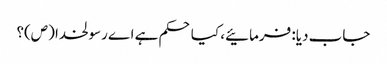
جاب دیا: فرمائیے، کیا حکم ہے اے رسولخدا (ص)؟